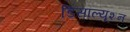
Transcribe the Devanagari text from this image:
डिसॉल्यूशन